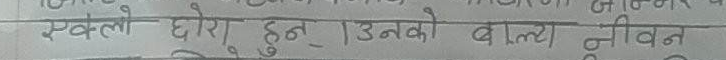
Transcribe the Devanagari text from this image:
एक्लो छोरा हुन्। उनको बाल्य जीवन